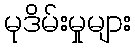
မုဒိမ်းမှုများ